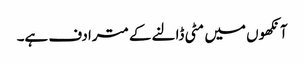
آنکھوں میں مٹی ڈالنے کے مترادف ہے۔